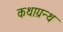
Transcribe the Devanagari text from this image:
कथाग्रन्थ